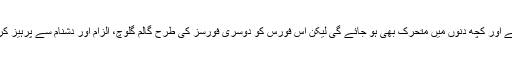
مولانا صاحب کی سوشل میڈیا فورس تشکیل پا چکی ہے اور کچھ دنوں میں متحرک بھی ہو جائے گی لیکن اس فورس کو دوسری فورسز کی طرح گالم گلوچ، الزام اور دشنام سے پرہیز کرنا ہو گا ورنہ سوائے بدنامی کے کچھ حاصل نہ ہو گا۔